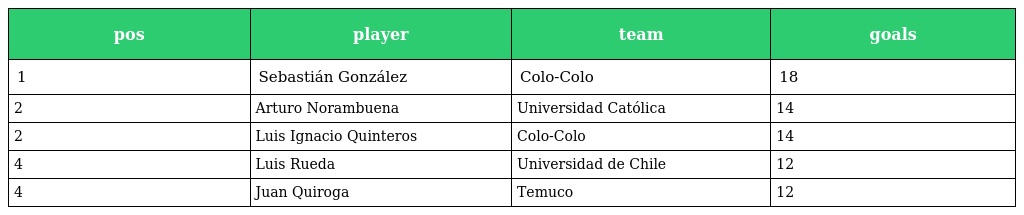
| pos | player | team | goals |
 | --- | --- | --- | --- |
 | 1 | Sebastián González | Colo-Colo | 18 |
 | 2 | Arturo Norambuena | Universidad Católica | 14 |
 | 2 | Luis Ignacio Quinteros | Colo-Colo | 14 |
 | 4 | Luis Rueda | Universidad de Chile | 12 |
 | 4 | Juan Quiroga | Temuco | 12 |